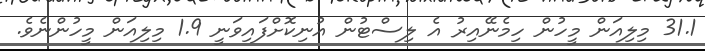
31.1 މިލިއަން މީހުން ހިމެނޭއިރު އެ ލިސްޓުން އުނިކޮށްފައިވަނީ 1.9 މިލިއަން މީހުންނެވެ.